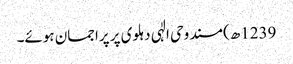
1239ھ) مسند وحی الٰہی دہلوی پر پراجمان ہوئے۔